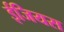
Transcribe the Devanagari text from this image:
ईजियस